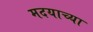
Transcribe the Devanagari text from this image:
मदयाच्या